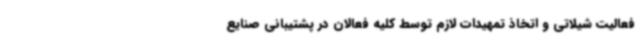
فعالیت شیلاتی و اتخاذ تمهیدات لازم توسط کلیه فعالان در پشتیبانی صنایع